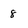
Character: 8